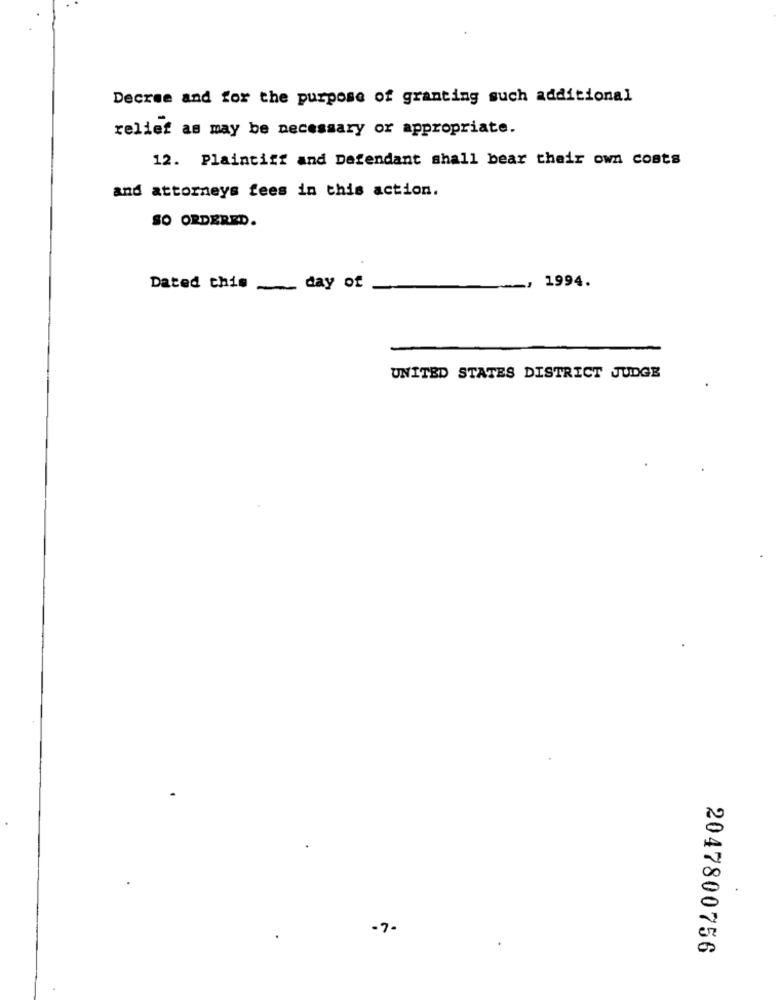
Decree and for the purpose of granting such additional
relief as may be necessary or appropriate.
12. Plaintiff and Defendant shall bear their own costs
and attorneys fees in this action.
SO ORDERED.
~, 1994.
Dated this _ day of
UNITED STATES DISTRICT JUDGE
-7-
2047800756